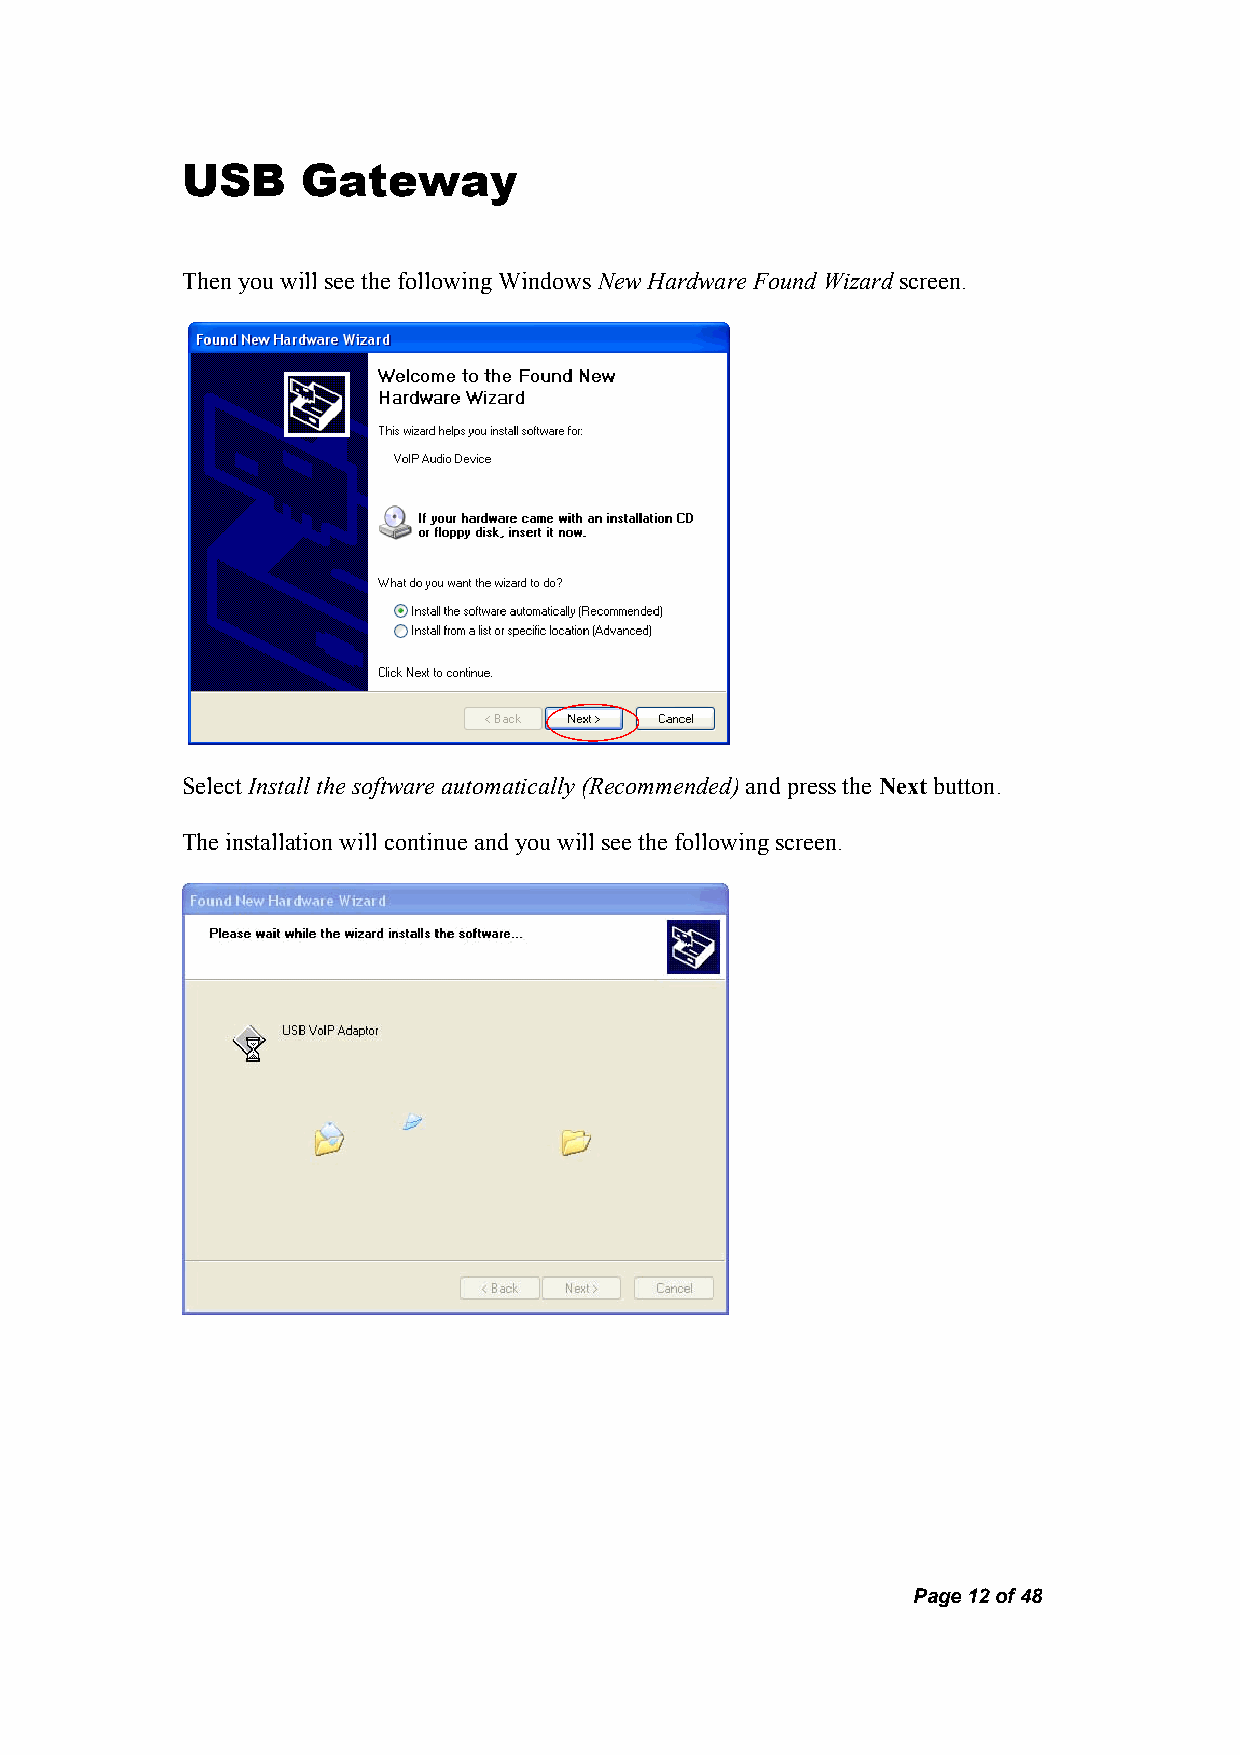
USB     Gateway
 Then you will see the following Windows New Hardware Found Wizard screen.
 Select Install the software automatically (Recommended) and press the Next button.
 The installation will continue and you will see the following screen.
 Page 12 of 48